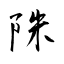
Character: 陎